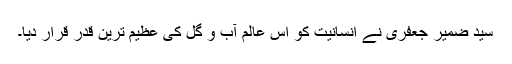
سید ضمیر جعفری نے انسانیت کو اس عالم آب و گل کی عظیم ترین قدر قرار دیا۔